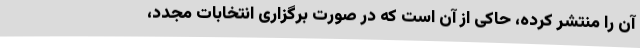
آن را منتشر کرده، حاکی از آن است که در صورت برگزاری انتخابات مجدد،